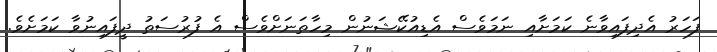
ފަހަރު އެދިފައިވާނެ ކަމަށާއި ނަމަވެސް އެޑިއުކޭޝަނުން މިހާތަނަށްވެސް އެ ފުރުސަތު ދީފައިނުވާ ކަމަށެވެ.